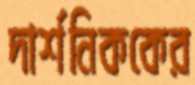
দার্শনিককের